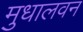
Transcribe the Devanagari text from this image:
मुधालवन